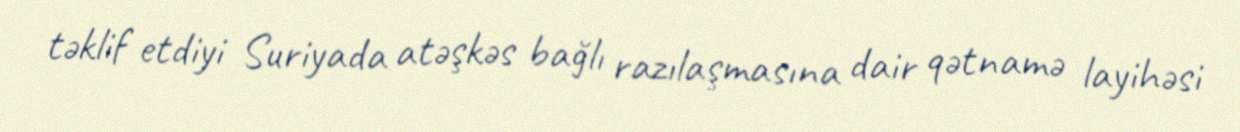
təklif etdiyi Suriyada atəşkəs bağlı razılaşmasına dair qətnamə layihəsi